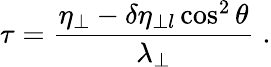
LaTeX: \tau=\frac{\eta_{\perp}-\delta\eta_{\perp l}\cos^{2}\theta}{\lambda_{\perp}}\; .